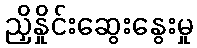
ညှိနှိုင်းဆွေးနွေးမှု